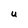
Character: U